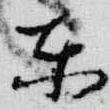
東